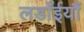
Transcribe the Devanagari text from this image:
लडाँईयौं